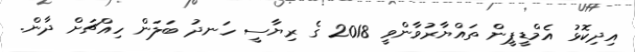
އިދިކޮޅު އެމްޑީޕީން ތައްޔާރުވާންވީ 2018 ގެ ރިޔާސީ ހަނދު ބަލަން ހިއްޗަށް ދާން.